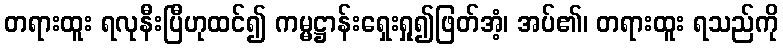
တရားထူး ရလုနီးပြီဟုထင်၍ ကမ္မဋ္ဌာန်းရှေးရှု၍ဖြတ်အံ့၊ အပ်၏၊ တရားထူး ရသည်ကို